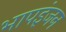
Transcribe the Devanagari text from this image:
भापइंजन